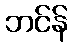
ဘင်န်